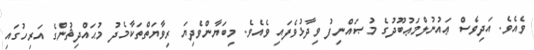
ވެއެވެ. އަދިވެސް ޢައުނުލްމަޢުބޫދުގެ މުޞައްނިފު ވިދާޅުވެފައި ވެއެވެ. މިބަޔާންވެދިޔަ ރިވާޔަތްތަކާމެދު މުޙައްދިޘުންގެ އަރިހުގައި